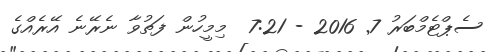
ސެޕްޓެމްބަރު 7